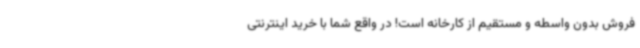
فروش بدون واسطه و مستقیم از کارخانه است! در واقع شما با خرید اینترنتی